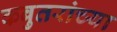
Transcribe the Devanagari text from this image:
कबुतरांच्या